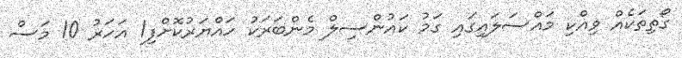
ގޯތިތަކެއް ވިއްކި މައްސަލައިގައި ގަމު ކައުންސިލް މެންބަރަކު ހައްޔަރުކޮށްފި1 އަހަރު 10 މަސް